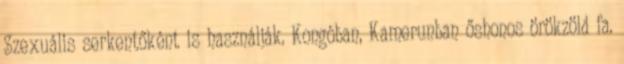
Szexuális serkentőként is használják. Kongóban, Kamerunban őshonos örökzöld fa.